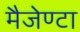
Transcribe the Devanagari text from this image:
मैजेण्टा